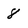
Character: 8